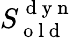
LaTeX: S_{\mathrm{~o~l~d~}}^{\mathrm{~d~y~n~}}